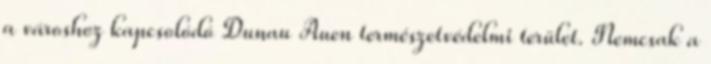
a városhoz kapcsolódó Dunau Auen természetvédelmi terület. Nemcsak a